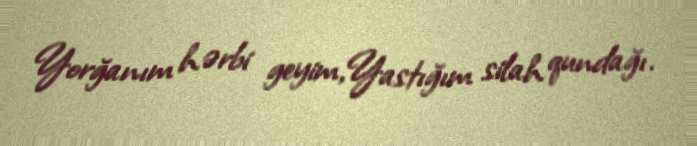
Yorğanım hərbi geyim,Yastığım silah qundağı.